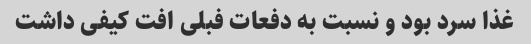
غذا سرد بود و نسبت به دفعات فبلی افت کیفی داشت